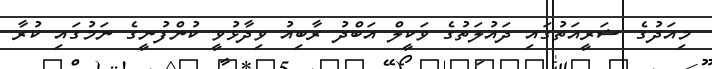
މިއަދުގެ ޝަރީއަތުގައި ދައުލަތުގެ ވަކީލް އަބްދު ރާބިއު ވިދާޅުވީ ކުންފުނީގެ ނަމުގައި ކުރާ